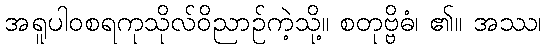
အရူပါဝစရကုသိုလ်ဝိညာဉ်ကဲ့သို့။ စတုဗ္ဗိဓံ၊ ၏။ အဿ၊